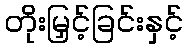
တိုးမြှင့်ခြင်းနှင့်